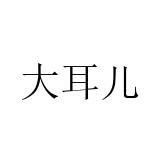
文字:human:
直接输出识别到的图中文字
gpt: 大耳儿